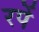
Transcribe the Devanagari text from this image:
रपें